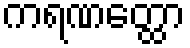
ကရဏတ္ထော